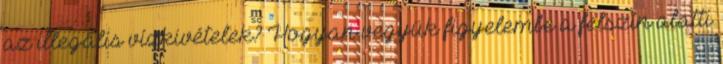
az illegális vízkivételek? Hogyan vegyük figyelembe a felszín alatti